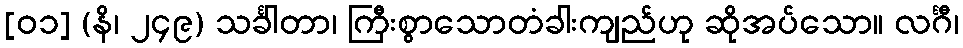
[၀၁] (နိ၊ ၂၄၉) သင်္ခါတာ၊ ကြီးစွာသောတံခါးကျည်ဟု ဆိုအပ်သော။ လင်္ဂီ၊